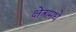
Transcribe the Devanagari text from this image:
क्षेत्रामधे